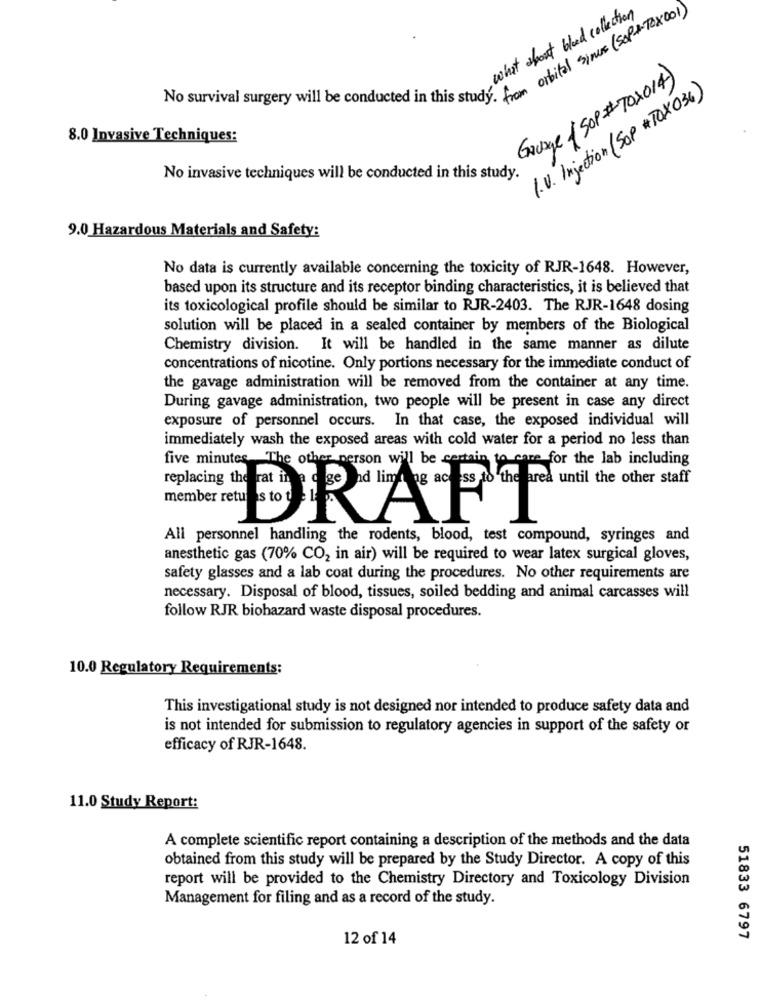
what about bloed collection
No survival surgery will be conducted in this sturdy chital since (Sop +12x001)
Gavage (Sop#702014)
1. V. Injection (SOP # TOX036)
8.0 Invasive Techniques:
No invasive techniques will be conducted in this study.
9.0 Hazardous Materials and Safety:
No data is currently available concerning the toxicity of RJR-1648. However,
based upon its structure and its receptor binding characteristics, it is believed that
its toxicological profile should be similar to RJR-2403. The RJR-1648 dosing
solution will be placed in a sealed container by members of the Biological
Chemistry division. It will be handled in the same manner as dilute
concentrations of nicotine. Only portions necessary for the immediate conduct of
the gavage administration will be removed from the container at any time.
During gavage administration, two people will be present in case any direct
exposure of personnel occurs. In that case, the exposed individual will
immediately wash the exposed areas with cold water for a period no less than
five minutes The other person will be certain to care for the lab including
replacing the rat in a cage
DRAFF
All personnel handling the rodents, blood, test compound, syringes and
anesthetic gas (70% CO2 in air) will be required to wear latex surgical gloves,
safety glasses and a lab coat during the procedures. No other requirements are
necessary. Disposal of blood, tissues, soiled bedding and animal carcasses will
follow RJR biohazard waste disposal procedures.
10.0 Regulatory Requirements:
This investigational study is not designed nor intended to produce safety data and
is not intended for submission to regulatory agencies in support of the safety or
efficacy of RJR-1648.
11.0 Study Report:
A complete scientific report containing a description of the methods and the data
obtained from this study will be prepared by the Study Director. A copy of this
report will be provided to the Chemistry Directory and Toxicology Division
Management for filing and as a record of the study.
12 of 14
51833 6797